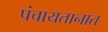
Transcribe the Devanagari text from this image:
पंचायतानात